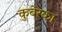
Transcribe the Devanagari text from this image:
कुबेरका